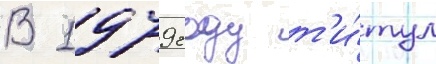
В 1979 году т'и́тул